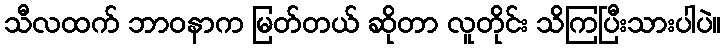
သီလထက် ဘာဝနာက မြတ်တယ် ဆိုတာ လူတိုင်း သိကြပြီးသားပါပဲ။